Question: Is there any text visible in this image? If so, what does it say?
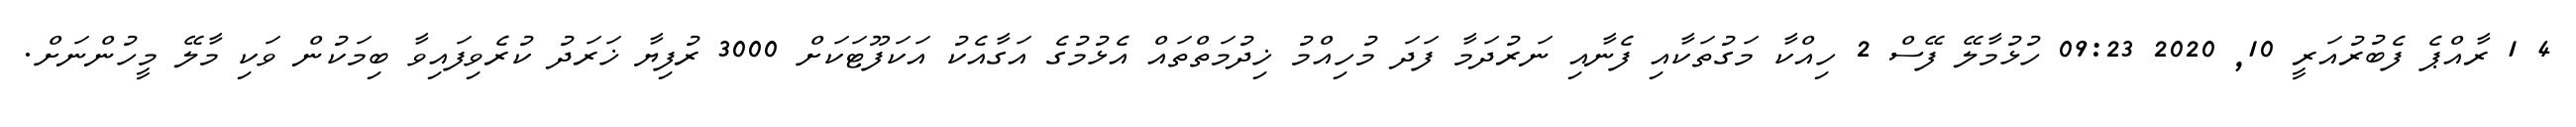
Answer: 4 1 ރާއްޕެ ފެބުރުއަރީ 10, 2020 09:23 ހުޅުމާލޭ ފޭސް 2 ހިއްކާ މަގުތަކާއި ފެނާއި ނަރުދަމާ ފަދަ މުހިއްމު ޚިދުމަތްތައް އެޅުމުގެ އަގާއެކު އަކަފޫޓަކަށް 3000 ރުފިޔާ ޚަރަދު ކުރެވިފައިވާ ބިމަކުން ވަކި މާލޭ މީހުންނަށް.